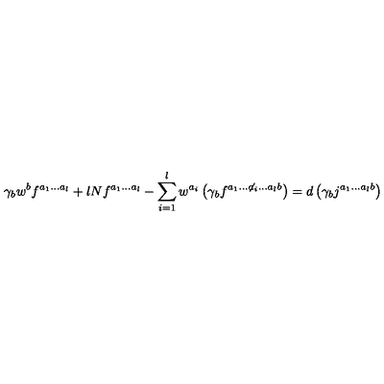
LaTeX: \gamma _ { b } w ^ { b } f ^ { a _ { 1 } . . . a _ { l } } + l N f ^ { a _ { 1 } . . . a _ { l } } - \sum _ { i = 1 } ^ { l } w ^ { a _ { i } } \left( \gamma _ { b } f ^ { a _ { 1 } . . . { \not a _ { i } } . . . a _ { l } b } \right) = d \left( \gamma _ { b } j ^ { a _ { 1 } . . . a _ { l } b } \right)